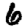
Digit: 6